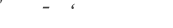
١٠٥